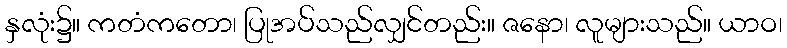
နှလုံး၌။ ကတံကတော၊ ပြုအပ်သည်လျှင်တည်း။ ဇနော၊ လူများသည်။ ယာဝ၊